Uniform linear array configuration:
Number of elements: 64
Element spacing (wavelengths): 1
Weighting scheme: exponential
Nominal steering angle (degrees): -30
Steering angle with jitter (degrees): -29.629
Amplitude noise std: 0.05
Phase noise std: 0.05

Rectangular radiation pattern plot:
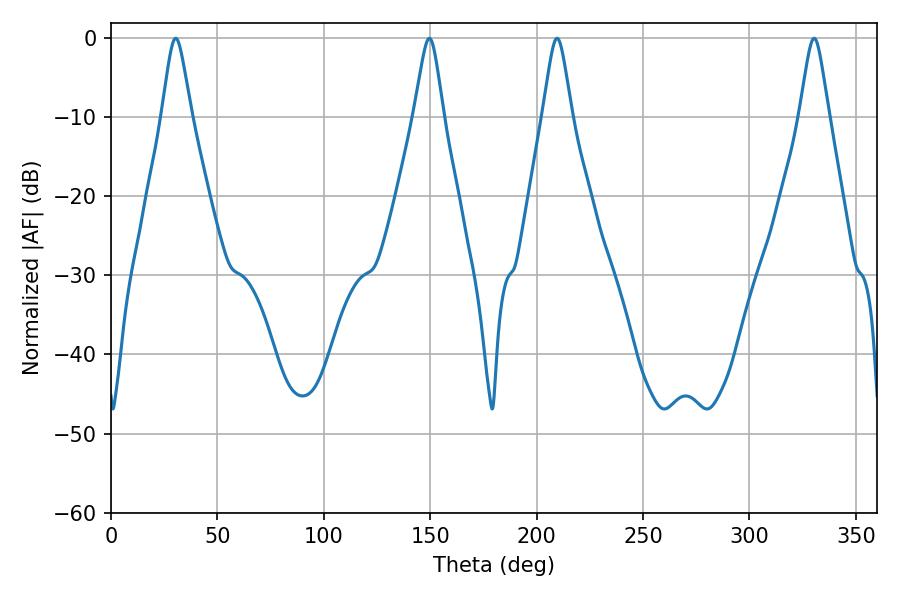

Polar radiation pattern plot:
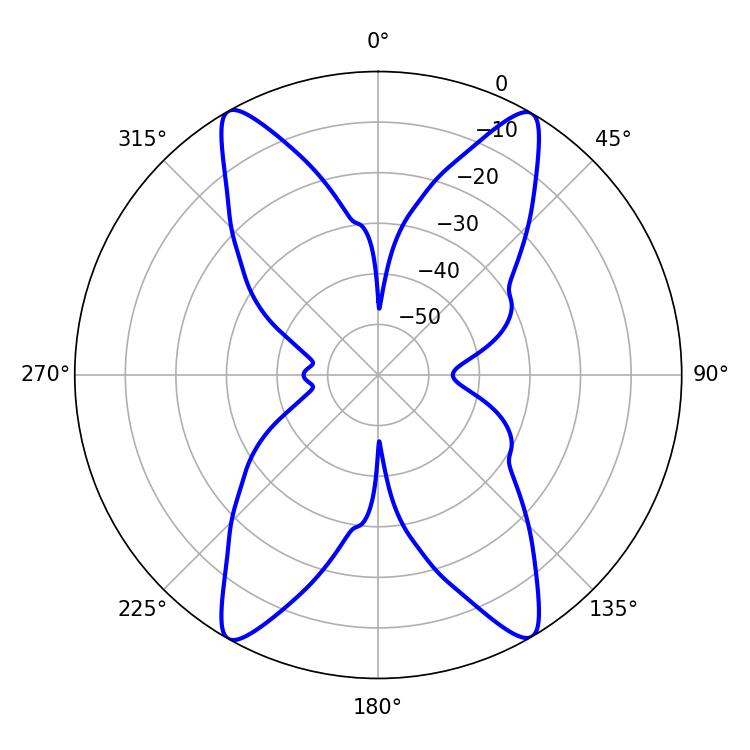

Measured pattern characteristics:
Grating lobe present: TRUE
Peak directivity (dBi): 25.369
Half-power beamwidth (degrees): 6.66
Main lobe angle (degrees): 30.42